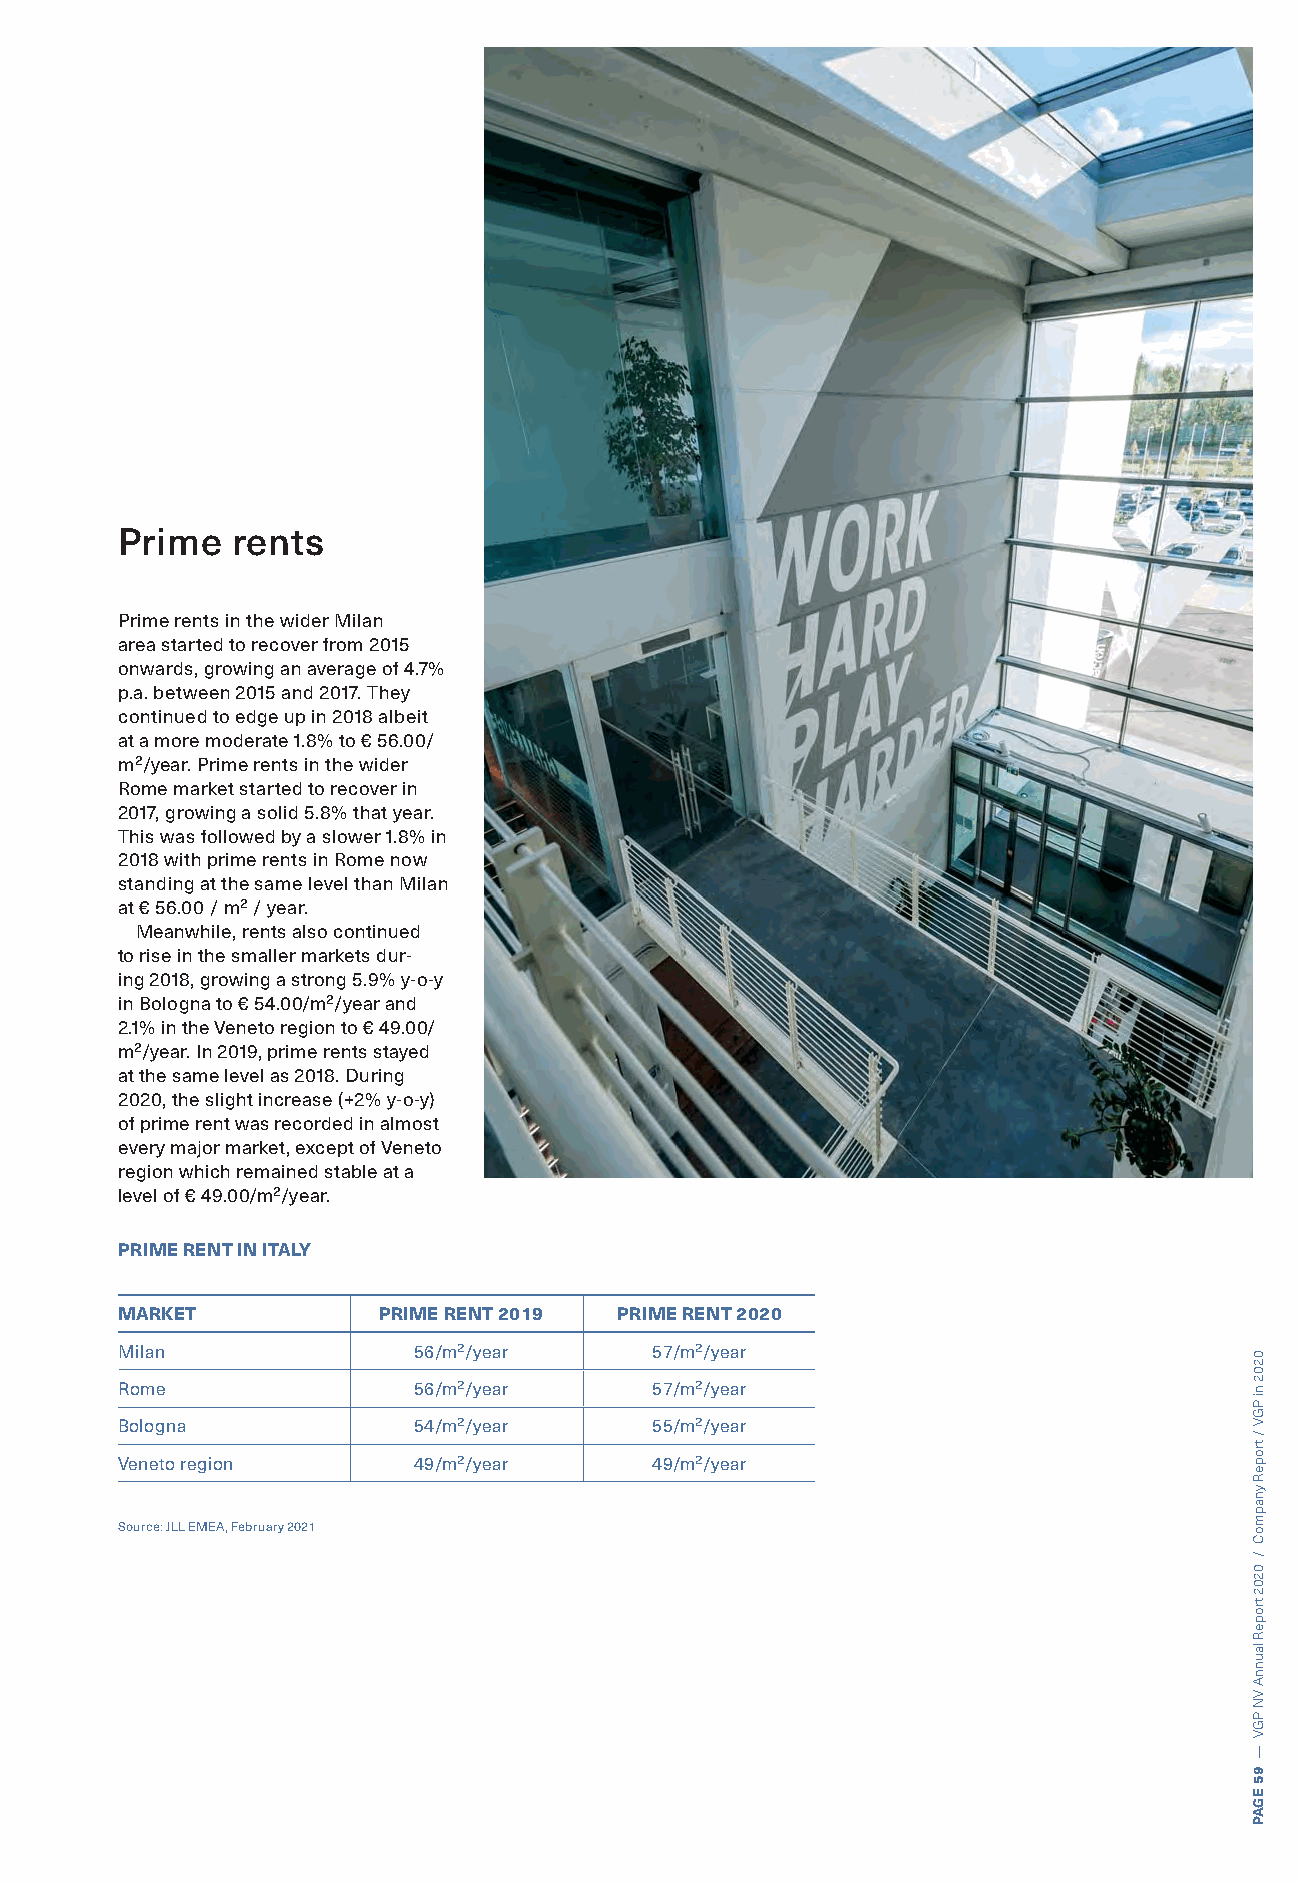
Prime  rents
 Prime rents in the wider Milan
 area started to recover from 2015
 onwards, growing an average of 4.7%
 p.a. between 2015 and 2017. They
 continued to edge up in 2018 albeit
 at a more moderate 1.8% to € 56.00/
 m²/year. Prime rents in the wider
 Rome market started to recover in
 2017, growing a solid 5.8% that year.
 This was followed by a slower 1.8% in
 2018 with prime rents in Rome now
 standing at the same level than Milan
 at € 56.00 / m² / year.
 Meanwhile, rents also continued
 to rise in the smaller markets dur-
 ing 2018, growing a strong 5.9% y-o-y
 in Bologna to € 54.00/m²/year and
 2.1% in the Veneto region to € 49.00/
 m²/year. In 2019, prime rents stayed
 at the same level as 2018. During
 2020, the slight increase (+2% y-o-y)
 of prime rent was recorded in almost
 every major market, except of Veneto
 region which remained stable at a
 level of € 49.00/m²/year.
 PRIME RENT IN ITALY
 MARKET           PRIME RENT 2019 PRIME RENT 2020
 Milan              56/m²/year      57/m²/year
 Rome               56/m²/year      57/m²/year
 Bologna            54/m²/year      55/m²/year
 Veneto region      49/m²/year      49/m²/year
 Source: JLL EMEA, February 2021
 0202
 ni
 PGV
 /
 tropeR
 ynapmoC
 /
 0202
 tropeR
 launnA
 VN
 PGV
 —
 95
 EGAP